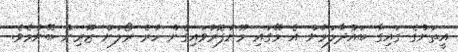
އީތަންގެ ގައިގާ ބައްދާލަމުން އެ މޭގައި މޫނުފޮރުވައިގެން ހުރެ ރޯލަން ޒޫރިން ބޭނުމެވެ.